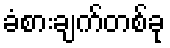
ခံစားချက်တစ်ခု